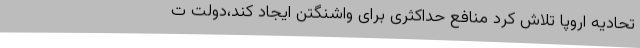
تحادیه اروپا تلاش کرد منافع حداکثری برای واشنگتن ایجاد کند،دولت ت